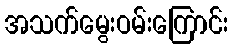
အသက်မွေးဝမ်းကြောင်း